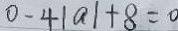
0 - 4 \vert a \vert + 8 = 0